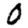
Digit: 0